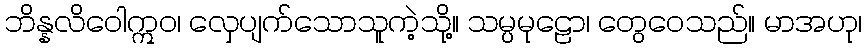
ဘိန္နလိဝေါဣဝ၊ လှေပျက်သောသူကဲ့သို့။ သမ္ပမုဠော၊ တွေဝေသည်။ မာအဟု၊